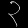
Digit: ၃